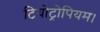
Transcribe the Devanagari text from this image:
टियोट्रोपियम।